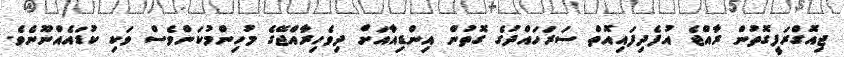
ޖިއޮގްރަފީގޮތުން ރާއްޖެ އުފެދިފައިއޮތް ސަރަހައްދުގެ ގޮތުން އިންޑިއާއަށް ދިވެހިރާއްޖޭގެ މުހިންމުކަންވެސް ވަކި ކުޑައެއްނޫނެވެ.